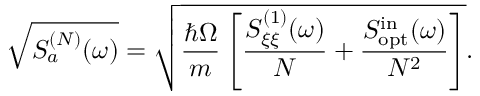
\sqrt { S _ { a } ^ { ( N ) } ( \omega ) } = \sqrt { \frac { \hbar \Omega } { m } \left[ \frac { S _ { \xi \xi } ^ { ( 1 ) } ( \omega ) } { N } + \frac { S _ { \mathrm { o p t } } ^ { \mathrm { i n } } ( \omega ) } { N ^ { 2 } } \right] } .